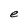
Character: e